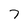
Character: 7